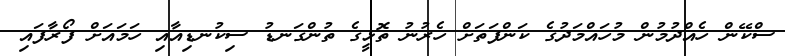
ސްކޭން ހެއްދުމުން މުހައްމަދުގެ ކަންފަތަށް ހެރުނު ތޮޅީގެ ތުންގަނޑު ސިކުނޑިއާއި ހަމައަށް ފޯރާފައި